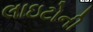
લાઇટોની